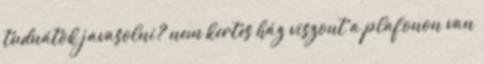
tudnátok javasolni? nem kertes ház viszont a plafonon van